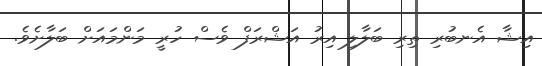
އިޝާ އެނބުރި ތިރި ބަލާލި އިރު އަޝްރަފް ވެސް ހުރީ މަންމައަށް ބަލާށެވެ.